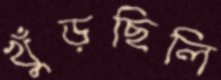
খুঁড়ছিলি